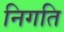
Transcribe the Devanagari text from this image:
निगति